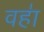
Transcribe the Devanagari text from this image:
वहा॑